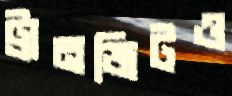
ট্রানজিটও